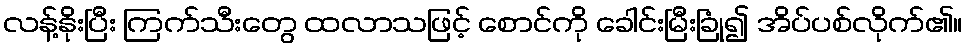
လန့်နိုးပြီး ကြက်သီးတွေ ထလာသဖြင့် စောင်ကို ခေါင်းမြီးခြုံ၍ အိပ်ပစ်လိုက်၏။